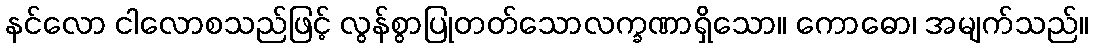
နင်လော ငါလောစသည်ဖြင့် လွန်စွာပြုတတ်သောလက္ခဏာရှိသော။ ကောဓော၊ အမျက်သည်။